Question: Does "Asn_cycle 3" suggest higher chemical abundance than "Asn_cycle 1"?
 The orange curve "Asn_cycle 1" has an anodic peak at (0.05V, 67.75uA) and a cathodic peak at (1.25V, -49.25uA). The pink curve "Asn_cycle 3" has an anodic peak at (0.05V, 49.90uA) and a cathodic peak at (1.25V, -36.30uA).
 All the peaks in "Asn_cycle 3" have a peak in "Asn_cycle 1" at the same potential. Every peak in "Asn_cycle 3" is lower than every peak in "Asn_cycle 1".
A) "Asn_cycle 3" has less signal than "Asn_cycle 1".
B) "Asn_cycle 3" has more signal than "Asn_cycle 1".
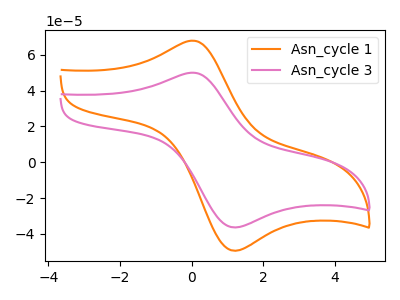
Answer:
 <answer>A) "Asn_cycle 3" has less signal than "Asn_cycle 1".</answer>
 <eval>A</eval>